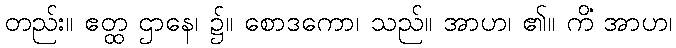
တည်း။ ဧတ္ထ ဌာနေ၊ ၌။ စောဒကော၊ သည်။ အာဟ၊ ၏။ ကိံ အာဟ၊